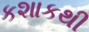
કશાકથી